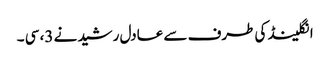
انگلینڈ کی طرف سے عادل رشید نے 3، سی ۔